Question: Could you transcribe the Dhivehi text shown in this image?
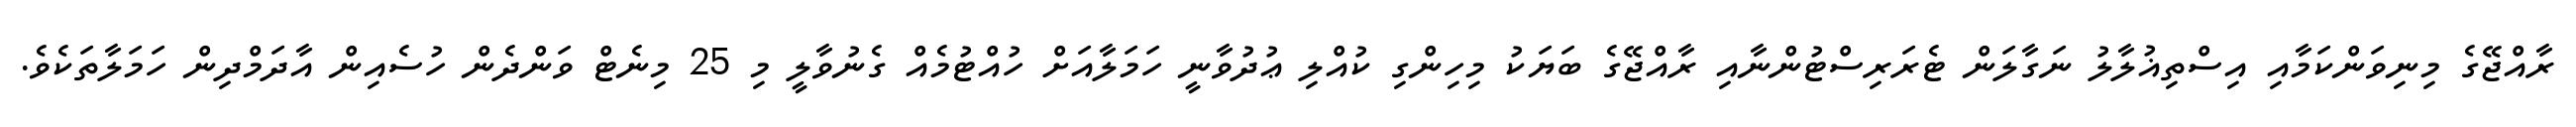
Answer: ރާއްޖޭގެ މިނިވަންކަމާއި އިސްތިޣުލާލު ނަގާލަން ޓެރަރިސްޓުންނާއި ރާއްޖޭގެ ބަޔަކު މިހިންގި ކުއްލި ޢުދުވާނީ ހަމަލާއަށް ހުއްޓުމެއް ގެނުވާލީ މި 25 މިނެޓް ވަންދެން ހުސެއިން އާދަމްދިން ހަމަލާތަކެވެ.